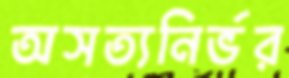
অসত্যনির্ভর